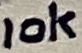
Text: 10K